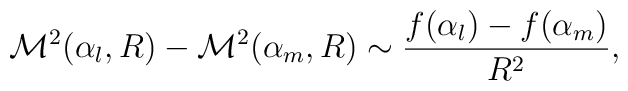
{\cal M}^2(\alpha_l,R)-{\cal M}^2(\alpha_m,R)	\sim		\frac{f(\alpha_l)-f(\alpha_m)}{R^2},